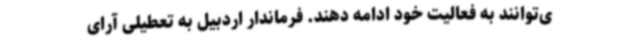
ی‌توانند به فعالیت خود ادامه دهند. فرماندار اردبیل به تعطیلی آرای